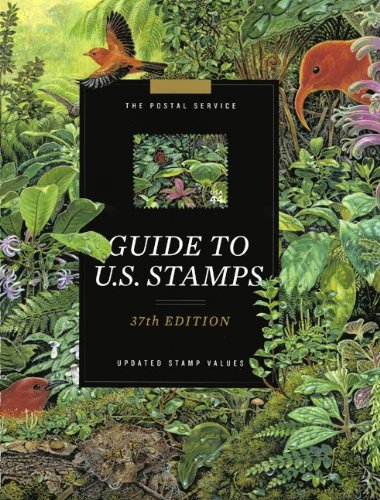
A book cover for The Postal Service Guide to U.S. Stamps, 37th ed; United States Postal Service; Crafts, Hobbies & Home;